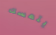
يتمسك